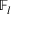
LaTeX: \mathbb { F } _ { l }